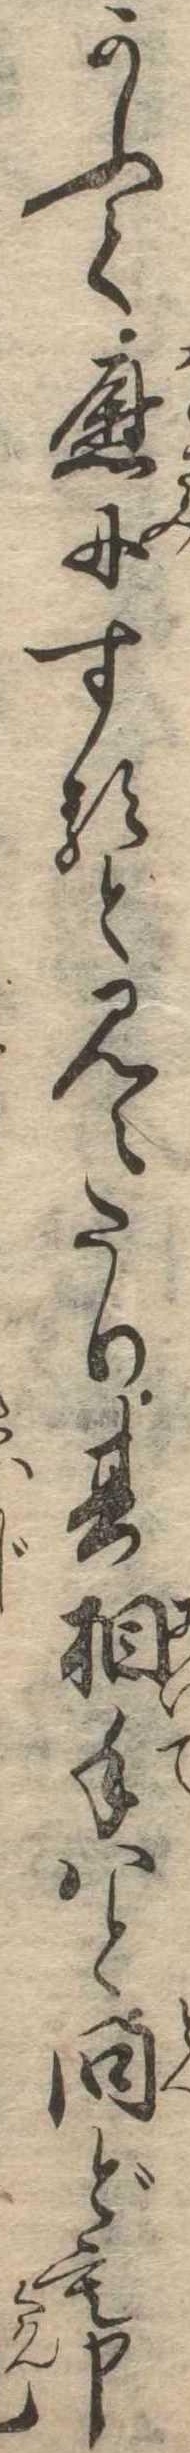
かふて慰にすると見えたり其相手はと問ども申